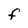
Character: F